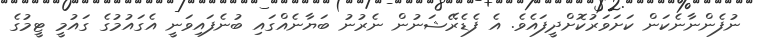
ނުފެންނާނެކަން ކަށަވަރުކޮށްދީފައެވެ. އެ ފެޑެރޭޝަނުން ނެރުނު ބަޔާނެއްގައި ބުނެފައިވަނީ އެގައުމުގެ ގައުމީ ޓީމުގެ